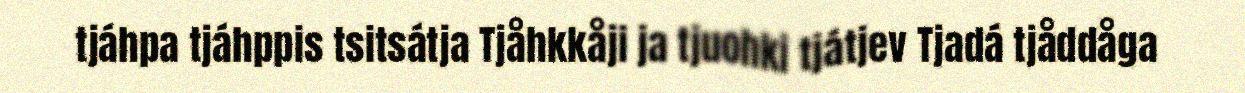
tjáhpa tjáhppis tsitsátja Tjåhkkåji ja tjuohki tjátjev Tjadá tjåddåga